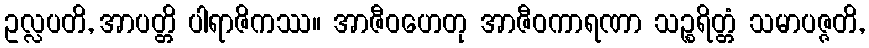
ဥလ္လပတိ, အာပတ္တိ ပါရာဇိကဿ။ အာဇီဝဟေတု အာဇီဝကာရဏာ သဉ္စရိတ္တံ သမာပဇ္ဇတိ,